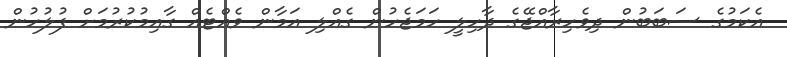
އެކަމުގެ ސަބަބުން ދިވެހިރާއްޖޭގެ ދާހިލީ ހަމަޖެހުން ގެއްލި އަމާން ވެއްޓެއް ގާއިމުކުރުމަށް ފުލުހުން